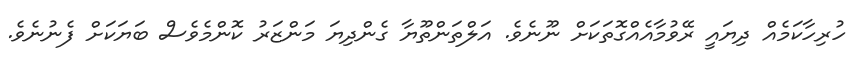
ހުރިހާކަމެއް ދިޔައީ ރޭވުމާއެއްގޮތަކަށް ނޫނެވެ. އަލްތަންތޫޔާ ގެންދިޔަ މަންޒަރު ކޮންމެވެސް ބަޔަކަށް ފެނުނެވެ.